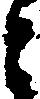
と